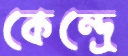
কেন্দ্রে